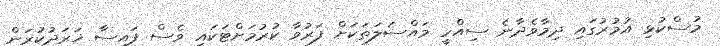
މުސްކުޅި އުމުރުގައި ދިމާވެދާނެ ސިއްހީ މައްސަލަތަކަށް ފަރުވާ ކުރުމަށްޓަކައި ވެސް ފައިސާ ޚަރަދުކުރަން